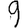
Digit: 9